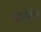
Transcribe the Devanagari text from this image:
माइसेल